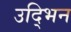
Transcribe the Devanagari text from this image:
उद्भिन